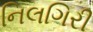
નિલગિરી